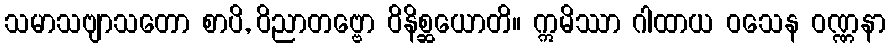
သမာသဗျာသတော စာပိ, ဝိညာတဗ္ဗော ဝိနိစ္ဆယောတိ။ ဣမိဿာ ဂါထာယ ဝသေန ဝဏ္ဏနာ